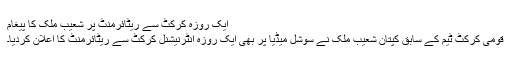
ایک روزہ کرکٹ سے ریٹائرمنٹ پر شعیب ملک کا پیغام
قومی کرکٹ ٹیم کے سابق کپتان شعیب ملک نے سوشل میڈیا پر بھی ایک روزہ انٹرنیشنل کرکٹ سے ریٹائرمنٹ کا اعلان کردیا۔